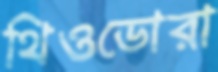
থিওডোরা